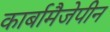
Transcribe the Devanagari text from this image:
कार्बामैजेपीन